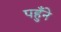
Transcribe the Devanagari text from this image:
पहुँने